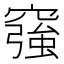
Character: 𥨀